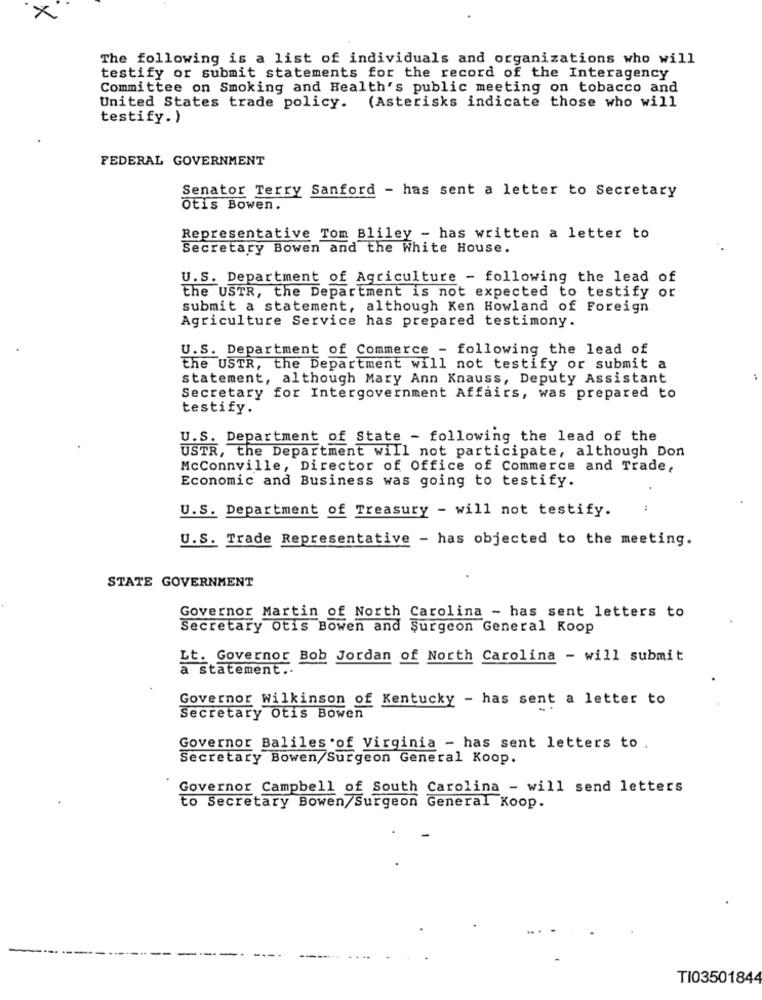
x
The following is a list of individuals and organizations who will
testify or submit statements for the record of the Interagency
Committee on Smoking and Health's public meeting on tobacco and
United States trade policy. (Asterisks indicate those who will
testify.)
FEDERAL GOVERNMENT
Senator Terry Sanford - has sent a letter to Secretary
Otis Bowen.
Representative Tom Bliley - has written a letter to
Secretary Bowen and the White House.
U.S. Department of Agriculture - following the lead of
the USTR, the Department is not expected to testify or
submit a statement, although Ken Howland of Foreign
Agriculture Service has prepared testimony.
U.S. Department of Commerce - following the lead of
the USTR, the Department will not testify or submit a
statement, although Mary Ann Knauss, Deputy Assistant
Secretary for Intergovernment Affairs, was prepared to
testify.
U.S. Department of State - following the lead of the
USTR, the Department will not participate, although Don
McConnville, Director of Office of Commerce and Trade,
Economic and Business was going to testify.
U.S. Department of Treasury - will not testify.
U.S. Trade Representative - has objected to the meeting.
STATE GOVERNMENT
Governor Martin of North Carolina - has sent letters to
Secretary Otis Bowen and Surgeon General Koop
Lt. Governor Bob Jordan of North Carolina - will submit
a statement ..
Governor Wilkinson of Kentucky - has sent a letter to
Secretary Otis Bowen
Governor Baliles of Virginia - has sent letters to .
Secretary Bowen/Surgeon General Koop.
Governor Campbell of South Carolina - will send letters
to Secretary Bowen/Surgeon General Koop.
TI03501844